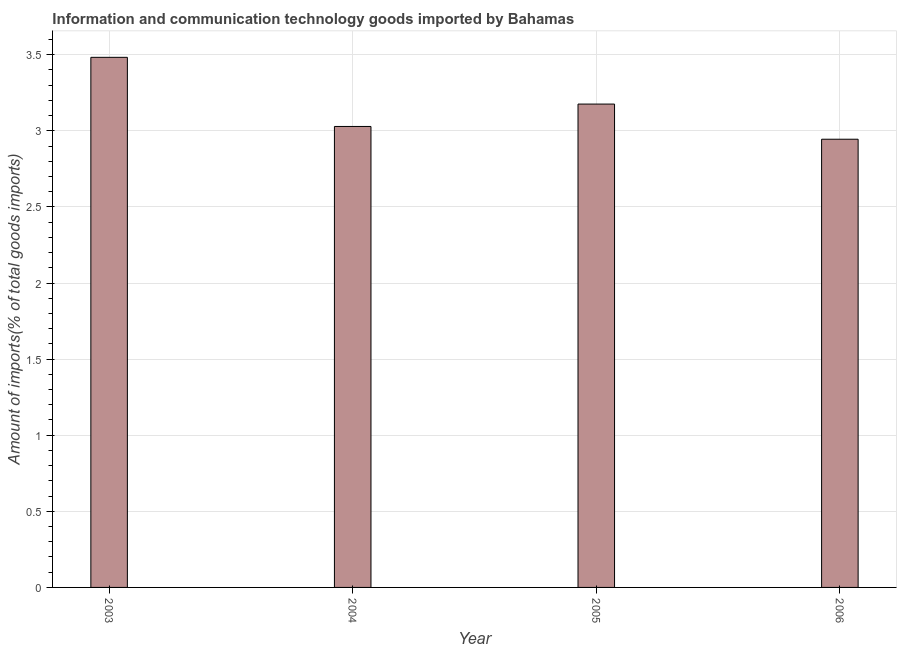
| Year | ICT goods imports |
 | --- | --- |
 | 2003 | 3.48 |
 | 2004 | 3.03 |
 | 2005 | 3.18 |
 | 2006 | 2.94 |